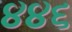
૪૪૬